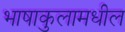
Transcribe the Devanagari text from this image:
भाषाकुलामधील